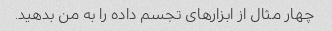
چهار مثال از ابزارهای تجسم داده را به من بدهید.